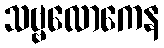
သဗ္ဗလောကေန